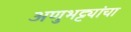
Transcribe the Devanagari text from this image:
अणुभट्ट्यांचा